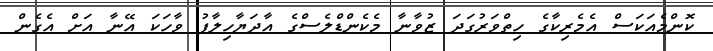
ކޮންމެއަކަސް އެމެރިކާގެ ހިތްވަރުގަދަ ޒުވާނާ މެކެންޑްލެސްގެ އާދަޔާހިލާފު ވާހަކަ އޭނާ އަށް އެގެން